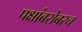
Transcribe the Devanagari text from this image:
पक्षांबरोबरच